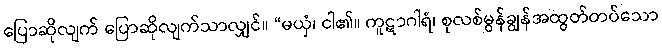
ပြောဆိုလျက် ပြောဆိုလျက်သာလျှင်။ “မယှံ၊ ငါ၏။ ကူဋာဂါရံ၊ စုလစ်မွန်ချွန်အထွတ်တပ်သော